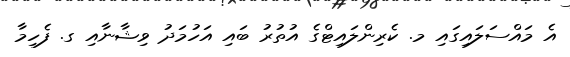
އެ މައްސަލައިގައި މ. ކެރިންލައިޓްގެ އުތުރު ބައި އަހުމަދު ވިޝާނާއި ގ. ފެހިމާ